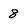
Character: 8